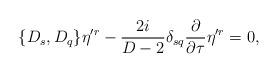
LaTeX: \begin{align*}\{D_s,D_q\}\eta^{\prime r}-{2i\over{D-2}}\delta_{sq}{\partial\over{\partial{\tau}}}\eta^{\prime r}=0,\end{align*}